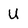
Character: U